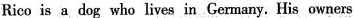
Rico is a dog who lives in Germany. His owners